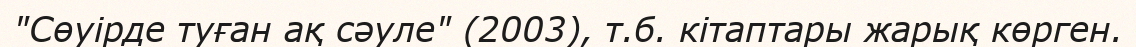
"Сөуірде туған ақ сәуле" (2003), т.б. кітаптары жарық көрген.